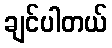
ချင်ပါတယ်